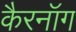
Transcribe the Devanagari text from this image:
कैरनॉग